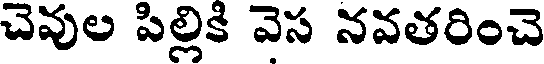
చెవుల పిల్లికి వెస నవతరించె